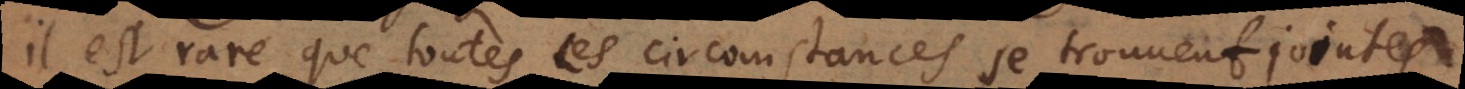
il est rare que toutes ces circomstances se trouvent jointes